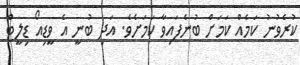
ކުރެވުނު ކަމެއް ކަމަށް ބުނެފައިވާ ކަމަށެވެ. އަދި ބުނީ އެ ވީޑިއޯ ޑިލީޓް